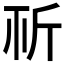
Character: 𣂘